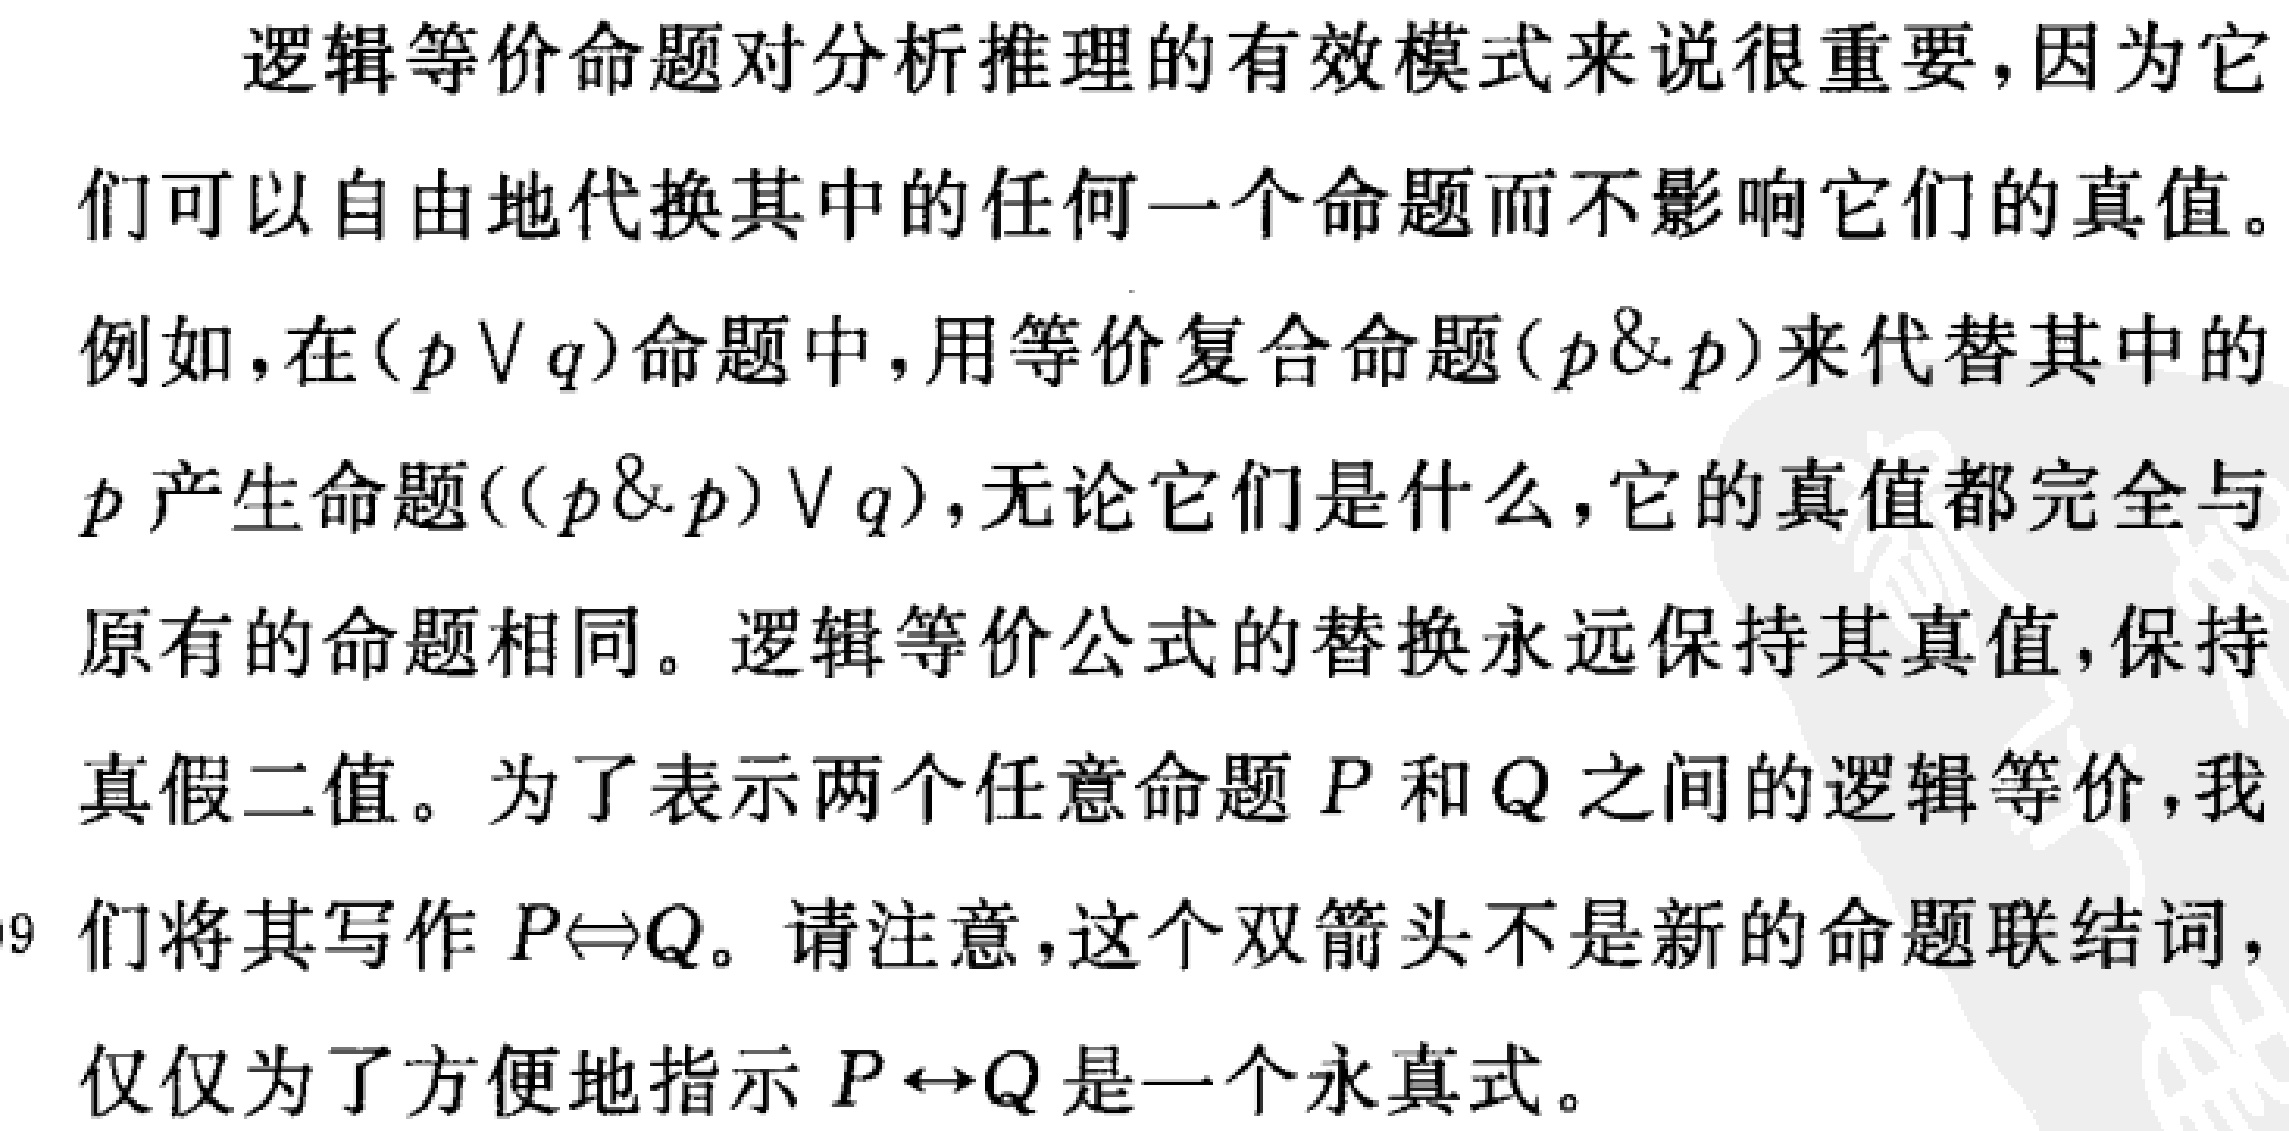
逻辑等价命题对分析推理的有效模式来说很重要，因为它们可以自由地代换其中的任何一个命题而不影响它们的真值。
例如，在\((p \vee q)\)命题中，用等价复合命题\((p\& p)\)来代替其中的\(p\)产生命题\(((p\& p)\vee q)\)，无论它们是什么，它的真值都完全与原有的命题相同。逻辑等价公式的替换永远保持其真值，保持真假二值。为了表示两个任意命题\(P\)和\(Q\)之间的逻辑等价，我们将其写作\(P\Leftrightarrow Q\)。请注意，这个双箭头不是新的命题联结词，仅仅为了方便地指示\(P \leftrightarrow Q\)是一个永真式。